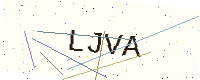
Text: LJVA